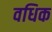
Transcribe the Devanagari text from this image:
वधिक